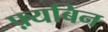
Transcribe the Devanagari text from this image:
फ़्यबिन